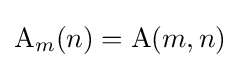
\operatorname {A} _{m}(n)=\operatorname {A} (m,n)